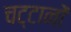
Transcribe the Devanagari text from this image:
चट्‌टानों